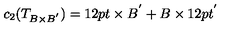
c _ { 2 } ( T _ { B \times B ^ { ' } } ) = 1 2 p t \times B ^ { ' } + B \times 1 2 p t ^ { ' }